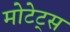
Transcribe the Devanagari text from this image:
मोटेट्स